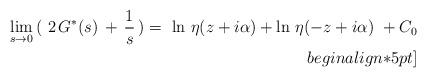
LaTeX: \begin{align*} \lim_{s \rightarrow 0} \,(\,\,2\, G^*(s)\, +\,\frac{1}{s}\,) = \,\, \ln\,\eta (z+ i\alpha) + \ln \, \eta(-z+i\alpha) \,\, + C_0 \\begin{align*}5pt]\end{align*}